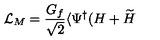
{ \cal L } _ { M } = \frac { G _ { f } } { \sqrt { 2 } } \langle \Psi ^ { \dagger } ( H + \widetilde { H }